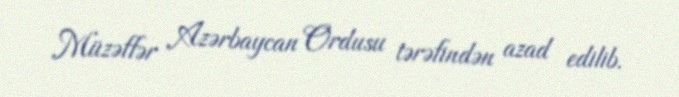
Müzəffər Azərbaycan Ordusu tərəfindən azad edilib.